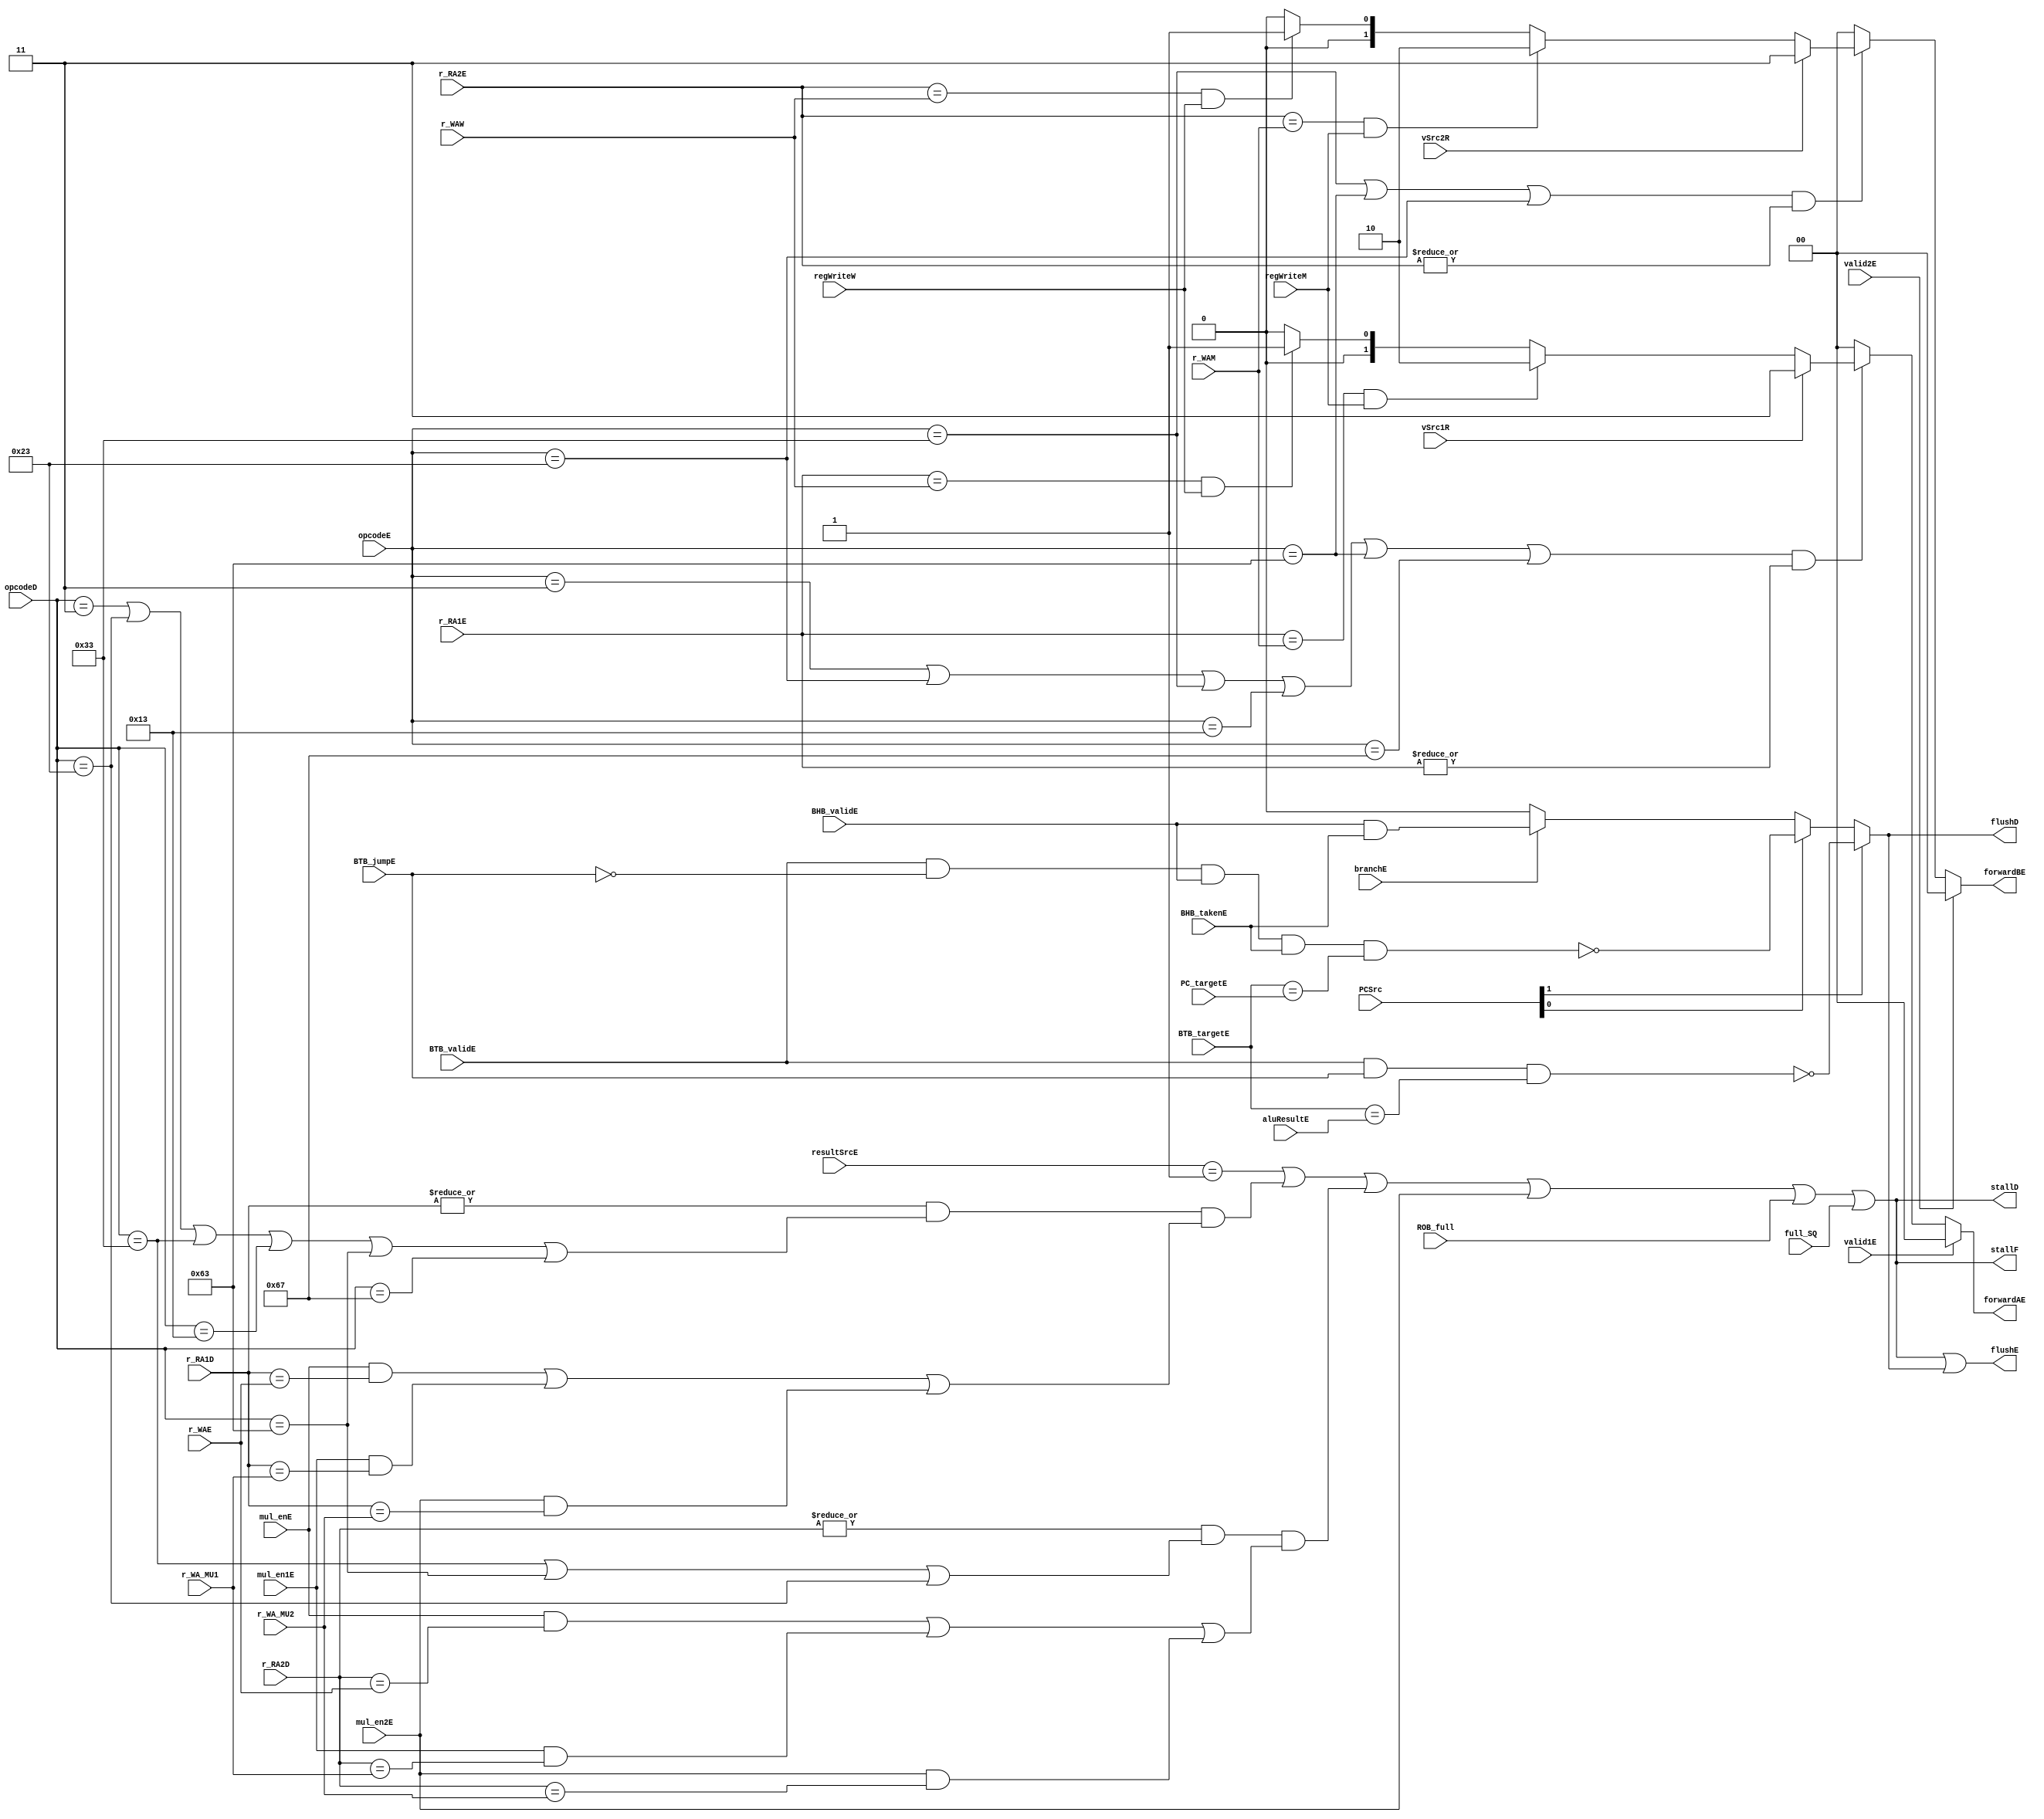
module hazard_unit (
    input regWriteM, regWriteW, BTB_validE, BTB_jumpE, BHB_validE, BHB_takenE, branchE, mul_enE, mul_en1E,
    input mul_en2E, ROB_full, vSrc1R, vSrc2R, valid1E, valid2E, full_SQ,
    input [1:0] PCSrc, resultSrcE,
    input [4:0] r_RA1D, r_RA2D, r_RA1E, r_RA2E, r_WAE, r_WAM, r_WAW, r_WA_MU1, r_WA_MU2,
    input [6:0] opcodeD, opcodeE,
    input [31:0] BTB_targetE, PC_targetE, aluResultE,
    output stallF, stallD, flushE,
    output reg flushD,
    output reg [1:0] forwardAE, forwardBE
);
    localparam LOAD    = 7'b0000011;           localparam STORE   = 7'b0100011;
    localparam R_Type  = 7'b0110011;           localparam I_Type  = 7'b0010011;
    localparam SB_Type = 7'b1100011;           localparam JAL     = 7'b1101111;
    localparam LUI     = 7'b0110111;           localparam AUIPC   = 7'b0010111;
    localparam JALR    = 7'b1100111;

    wire stall_ld;          // load >> stall 
    wire stall_MU1;         // src1 is written by mul_unit
    wire stall_MU2;         // src2 is written by mul_unit
    wire stall_MU_done;     // A mul instruction is done 
    wire src1D, src2D;      // opcodeD is for instruction with which number of sources
    wire src1E, src2E;      // opcodeE is for instruction with which number of sources

    // src1D, src2D, src1E, src2E
    assign src1D = ((opcodeD == LOAD) || (opcodeD == STORE) || (opcodeD == R_Type) || (opcodeD == I_Type) || (opcodeD == SB_Type) || (opcodeD == JALR));
    assign src2D = ((opcodeD == R_Type) || (opcodeD == SB_Type) || (opcodeD == STORE));
    assign src1E = ((opcodeE == LOAD) || (opcodeE == STORE) || (opcodeE == R_Type) || (opcodeE == I_Type) || (opcodeE == SB_Type) || (opcodeE == JALR));
    assign src2E = ((opcodeE == R_Type) || (opcodeE == SB_Type) || (opcodeE == STORE));
    
    // forwardAE
    always @(*) begin
        if(valid1E)
            forwardAE = 2'b00;
        else if (src1E && (|r_RA1E))
            if (vSrc1R)
                forwardAE = 2'b11;
            else if ((r_RA1E == r_WAM) && regWriteM)
                forwardAE = 2'b10;
            else if ((r_RA1E == r_WAW) && regWriteW)
                forwardAE = 2'b01; 
            else
                forwardAE = 2'b00;
        else
            forwardAE = 2'b00;
    end

    // forwardBE
    always @(*) begin
        if (valid2E)
            forwardBE = 2'b00;
        else if (src2E && (|r_RA2E))
            if (vSrc2R)
                forwardBE = 2'b11;
            else if ((r_RA2E == r_WAM) && regWriteM)
                forwardBE = 2'b10;
            else if ((r_RA2E == r_WAW) && regWriteW)
                forwardBE = 2'b01;
            else
                forwardBE = 2'b00;
        else
            forwardBE = 2'b00;
    end

    // stallF, stallD    
    assign stall_ld = ((resultSrcE == 2'b01));

    assign stall_MU1 = ((|r_RA1D) && src1D && ((mul_enE & (r_RA1D == r_WAE)) || (mul_en1E & (r_RA1D == r_WA_MU1)) || (mul_en2E & (r_RA1D == r_WA_MU2))));
    assign stall_MU2 = ((|r_RA2D) && src2D && ((mul_enE & (r_RA2D == r_WAE)) || (mul_en1E & (r_RA2D == r_WA_MU1)) || (mul_en2E & (r_RA2D == r_WA_MU2))));
    
    assign stall_MU_done = mul_en2E;

    assign stallF = stall_ld | stall_MU1 | stall_MU2 | stall_MU_done | ROB_full |full_SQ;
    assign stallD = stallF; 

    // flushD, flushE
    always @(*) begin
        if (PCSrc[1])
            flushD = ~(BTB_validE & BTB_jumpE & (BTB_targetE == aluResultE));
        else if (PCSrc[0])
            flushD = ~(BTB_validE & (~BTB_jumpE) & BHB_validE & BHB_takenE & (BTB_targetE == PC_targetE));
        else if (branchE)
            flushD = (BHB_validE && BHB_takenE);
        else 
            flushD = 0;
    end
    assign flushE = stallF | flushD;
endmodule